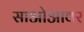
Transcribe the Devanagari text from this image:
साओआवर